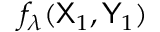
f _ { \lambda } ( { \sf X } _ { 1 } , { \sf Y } _ { 1 } )